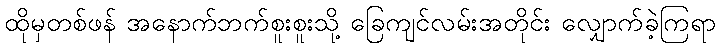
ထိုမှတစ်ဖန် အနောက်ဘက်စူးစူးသို့ ခြေကျင်လမ်းအတိုင်း လျှောက်ခဲ့ကြရာ